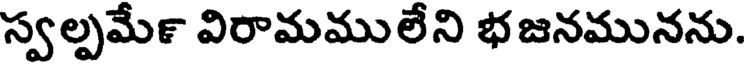
స్వల్పమే౯ విరామములేని భజనమునను.